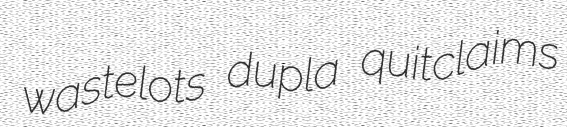
wastelots dupla quitclaims